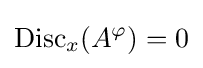
\operatorname {Disc} _{x}(A^{\varphi })=0